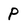
Character: P